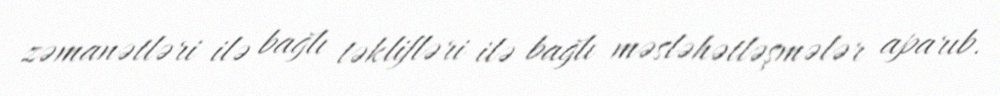
zəmanətləri ilə bağlı təklifləri ilə bağlı məsləhətləşmələr aparıb.